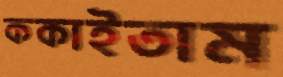
ককাইতাম